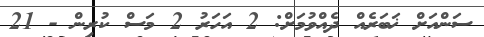
ސަންއަށް ޚަބަރެއް ދެއްވުމަށް: 2 އަހަރު 2 މަސް ކުރިން - 21